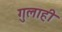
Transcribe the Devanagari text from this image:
गुलाही